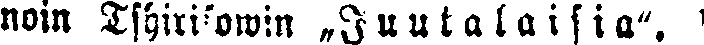
noin Tshirisowin „Juutalaisia".